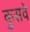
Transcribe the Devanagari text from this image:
कुसवे